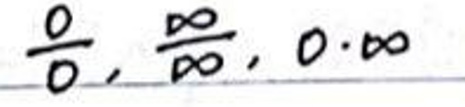
$\frac{0}{0}, \frac{\infty}{\infty}, 0 \cdot \infty$